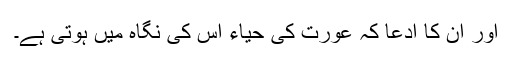
اور ان کا ادعا کہ عورت کی حیاء اس کی نگاہ میں ہوتی ہے۔